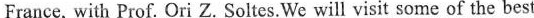
France, with Prof. Ori Z. Soltes.We will visit some of the best